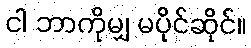
ငါ ဘာကိုမျှ မပိုင်ဆိုင်။